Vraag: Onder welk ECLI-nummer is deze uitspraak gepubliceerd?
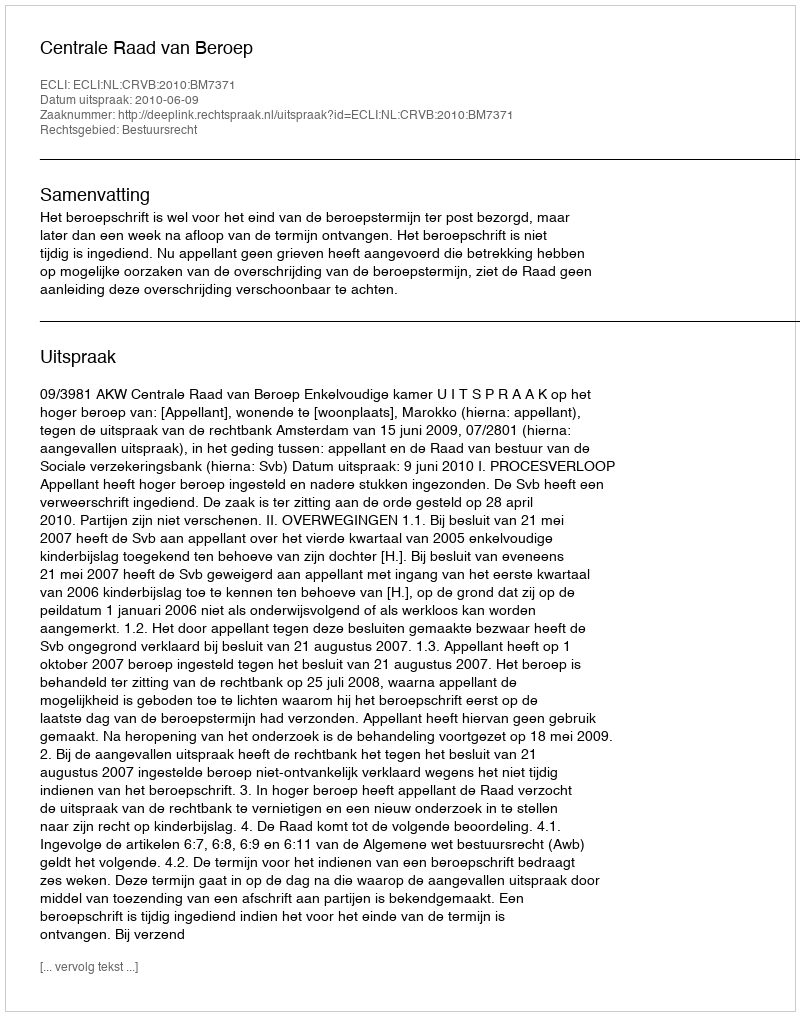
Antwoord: ECLI:NL:CRVB:2010:BM7371